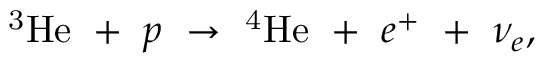
\mathrm { ^ 3 H e } ~ + ~ p ~ \rightarrow ~ \mathrm { ^ 4 H e } ~ + ~ e ^ { + } ~ + ~ \nu _ { e } ,